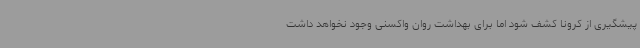
پیشگیری از کرونا کشف شود اما برای بهداشت روان واکسنی وجود نخواهد داشت